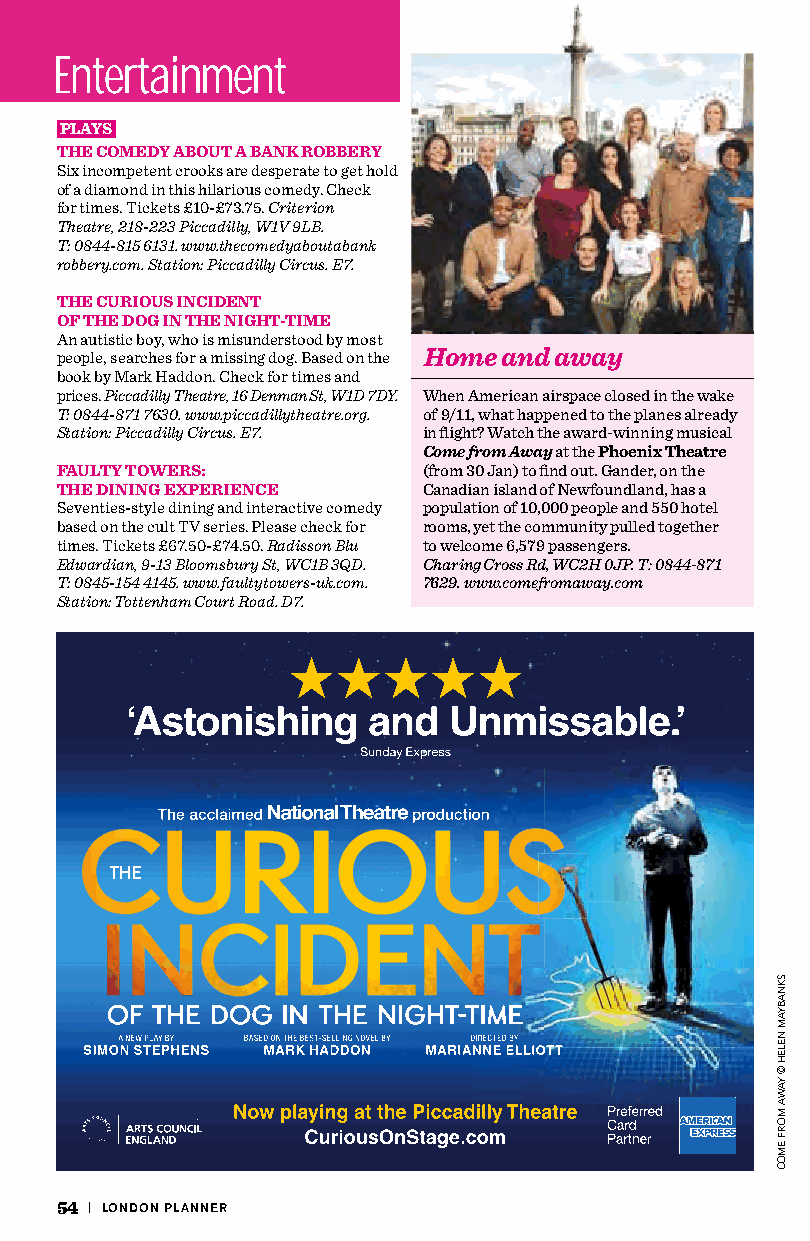
Entertainment
 PLAYS
 THE COMEDY ABOUT A BANK ROBBERY
 Six incompetent crooks are desperate to get hold
 of a diamond in this hilarious comedy. Check
 for times. Tickets £10-£73.75. Criterion
 Theatre, 218-223 Piccadilly, W1V 9LB.
 T: 0844-815 6131. www.thecomedyaboutabank
 robbery.com. Station: Piccadilly Circus. E7.
 THE CURIOUS INCIDENT
 OF THE DOG IN THE NIGHT-TIME
 An autistic boy, who is misunderstood by most
 people, searches for a missing dog. Based on the Home and away
 book by Mark Haddon. Check for times and
 prices. Piccadilly Theatre, 16 Denman St, W1D 7DY. When American airspace closed in the wake
 T: 0844-871 7630. www.piccadillytheatre.org. of 9/11, what happened to the planes already
 Station: Piccadilly Circus. E7. in flight? Watch the award-winning musical
 Come from Away at the Phoenix Theatre
 FAULTY TOWERS:          (from 30 Jan) to find out. Gander, on the
 THE DINING EXPERIENCE   Canadian island of Newfoundland, has a
 Seventies-style dining and interactive comedy population of 10,000 people and 550 hotel
 based on the cult TV series. Please check for rooms, yet the community pulled together
 times. Tickets £67.50-£74.50. Radisson Blu to welcome 6,579 passengers.
 Edwardian, 9-13 Bloomsbury St, WC1B 3QD. Charing Cross Rd, WC2H 0JP. T: 0844-871
 T: 0845-154 4145. www.faultytowers-uk.com. 7629. www.comefromaway.com
 Station: Tottenham Court Road. D7.
 54 | LONDON PLANNER
 SKNABYAM
 NELEH
 ©
 YAWA
 MORF
 EMOC